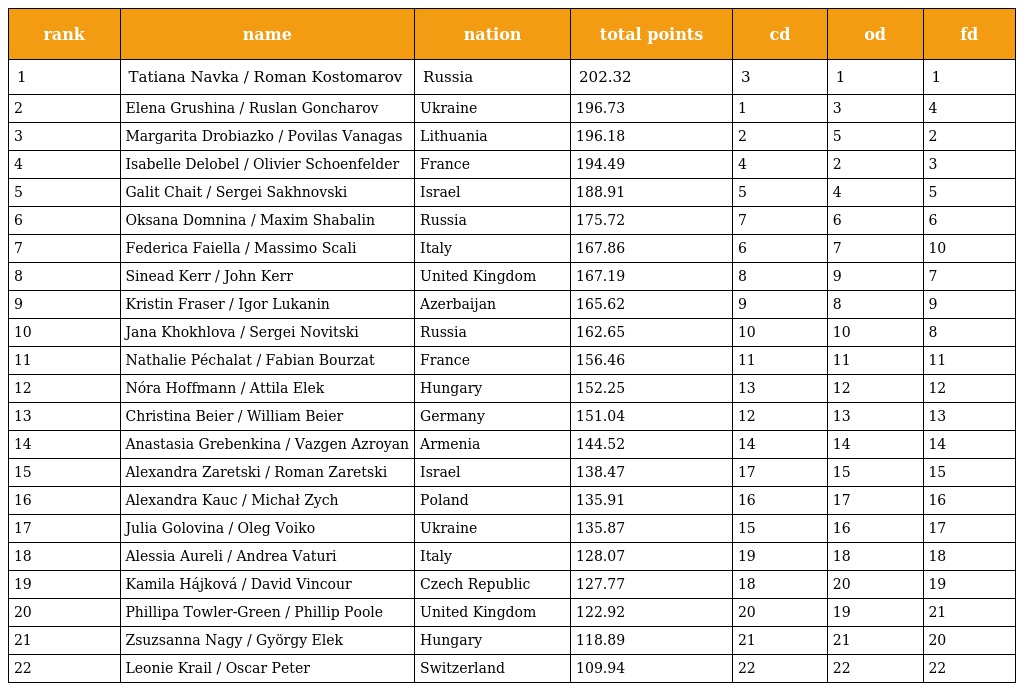
| rank | name | nation | total points | cd | od | fd |
 | --- | --- | --- | --- | --- | --- | --- |
 | 1 | Tatiana Navka / Roman Kostomarov | Russia | 202.32 | 3 | 1 | 1 |
 | 2 | Elena Grushina / Ruslan Goncharov | Ukraine | 196.73 | 1 | 3 | 4 |
 | 3 | Margarita Drobiazko / Povilas Vanagas | Lithuania | 196.18 | 2 | 5 | 2 |
 | 4 | Isabelle Delobel / Olivier Schoenfelder | France | 194.49 | 4 | 2 | 3 |
 | 5 | Galit Chait / Sergei Sakhnovski | Israel | 188.91 | 5 | 4 | 5 |
 | 6 | Oksana Domnina / Maxim Shabalin | Russia | 175.72 | 7 | 6 | 6 |
 | 7 | Federica Faiella / Massimo Scali | Italy | 167.86 | 6 | 7 | 10 |
 | 8 | Sinead Kerr / John Kerr | United Kingdom | 167.19 | 8 | 9 | 7 |
 | 9 | Kristin Fraser / Igor Lukanin | Azerbaijan | 165.62 | 9 | 8 | 9 |
 | 10 | Jana Khokhlova / Sergei Novitski | Russia | 162.65 | 10 | 10 | 8 |
 | 11 | Nathalie Péchalat / Fabian Bourzat | France | 156.46 | 11 | 11 | 11 |
 | 12 | Nóra Hoffmann / Attila Elek | Hungary | 152.25 | 13 | 12 | 12 |
 | 13 | Christina Beier / William Beier | Germany | 151.04 | 12 | 13 | 13 |
 | 14 | Anastasia Grebenkina / Vazgen Azroyan | Armenia | 144.52 | 14 | 14 | 14 |
 | 15 | Alexandra Zaretski / Roman Zaretski | Israel | 138.47 | 17 | 15 | 15 |
 | 16 | Alexandra Kauc / Michał Zych | Poland | 135.91 | 16 | 17 | 16 |
 | 17 | Julia Golovina / Oleg Voiko | Ukraine | 135.87 | 15 | 16 | 17 |
 | 18 | Alessia Aureli / Andrea Vaturi | Italy | 128.07 | 19 | 18 | 18 |
 | 19 | Kamila Hájková / David Vincour | Czech Republic | 127.77 | 18 | 20 | 19 |
 | 20 | Phillipa Towler-Green / Phillip Poole | United Kingdom | 122.92 | 20 | 19 | 21 |
 | 21 | Zsuzsanna Nagy / György Elek | Hungary | 118.89 | 21 | 21 | 20 |
 | 22 | Leonie Krail / Oscar Peter | Switzerland | 109.94 | 22 | 22 | 22 |